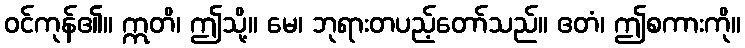
ဝင်ကုန်၏။ ဣတိ၊ ဤသို့။ မေ၊ ဘုရားတပည့်တော်သည်။ ဧတံ၊ ဤစကားကို။